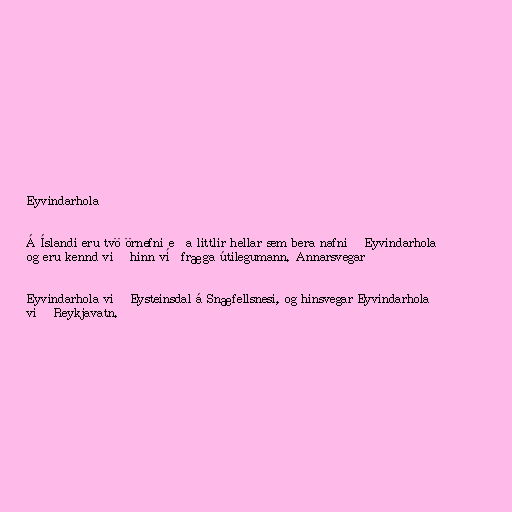
Eyvindarhola

Á Íslandi eru tvö örnefni eða littlir hellar sem bera nafnið Eyvindarhola
og eru kennd við hinn víðfræga útilegumann. Annarsvegar

Eyvindarhola við Eysteinsdal á Snæfellsnesi, og hinsvegar Eyvindarhola
við Reykjavatn.